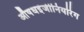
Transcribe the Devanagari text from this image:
औषधइंजीनियरिंग